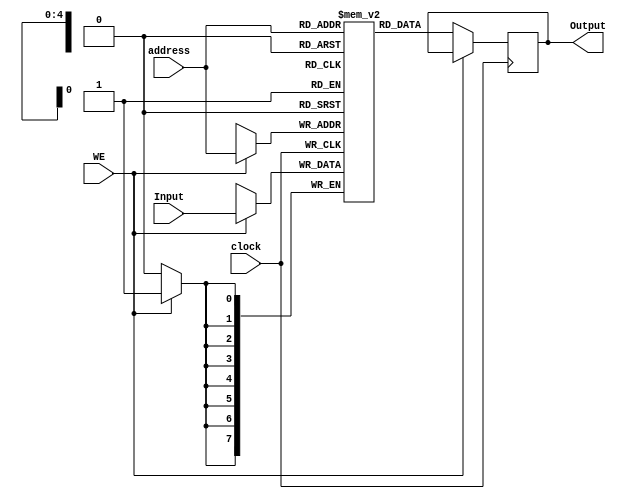
module ram (clock, WE, address, Input, Output);
 
	input clock, WE;
	input [4:0]address;
	input [7:0]Input;
	output reg [7:0]Output;

reg [7:0]register[31:0];

always@(posedge clock)
begin
	if(WE) //write
		register[address] <= Input;
	else	//read
		Output <= register[address];
end

endmodule